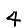
Digit: 4